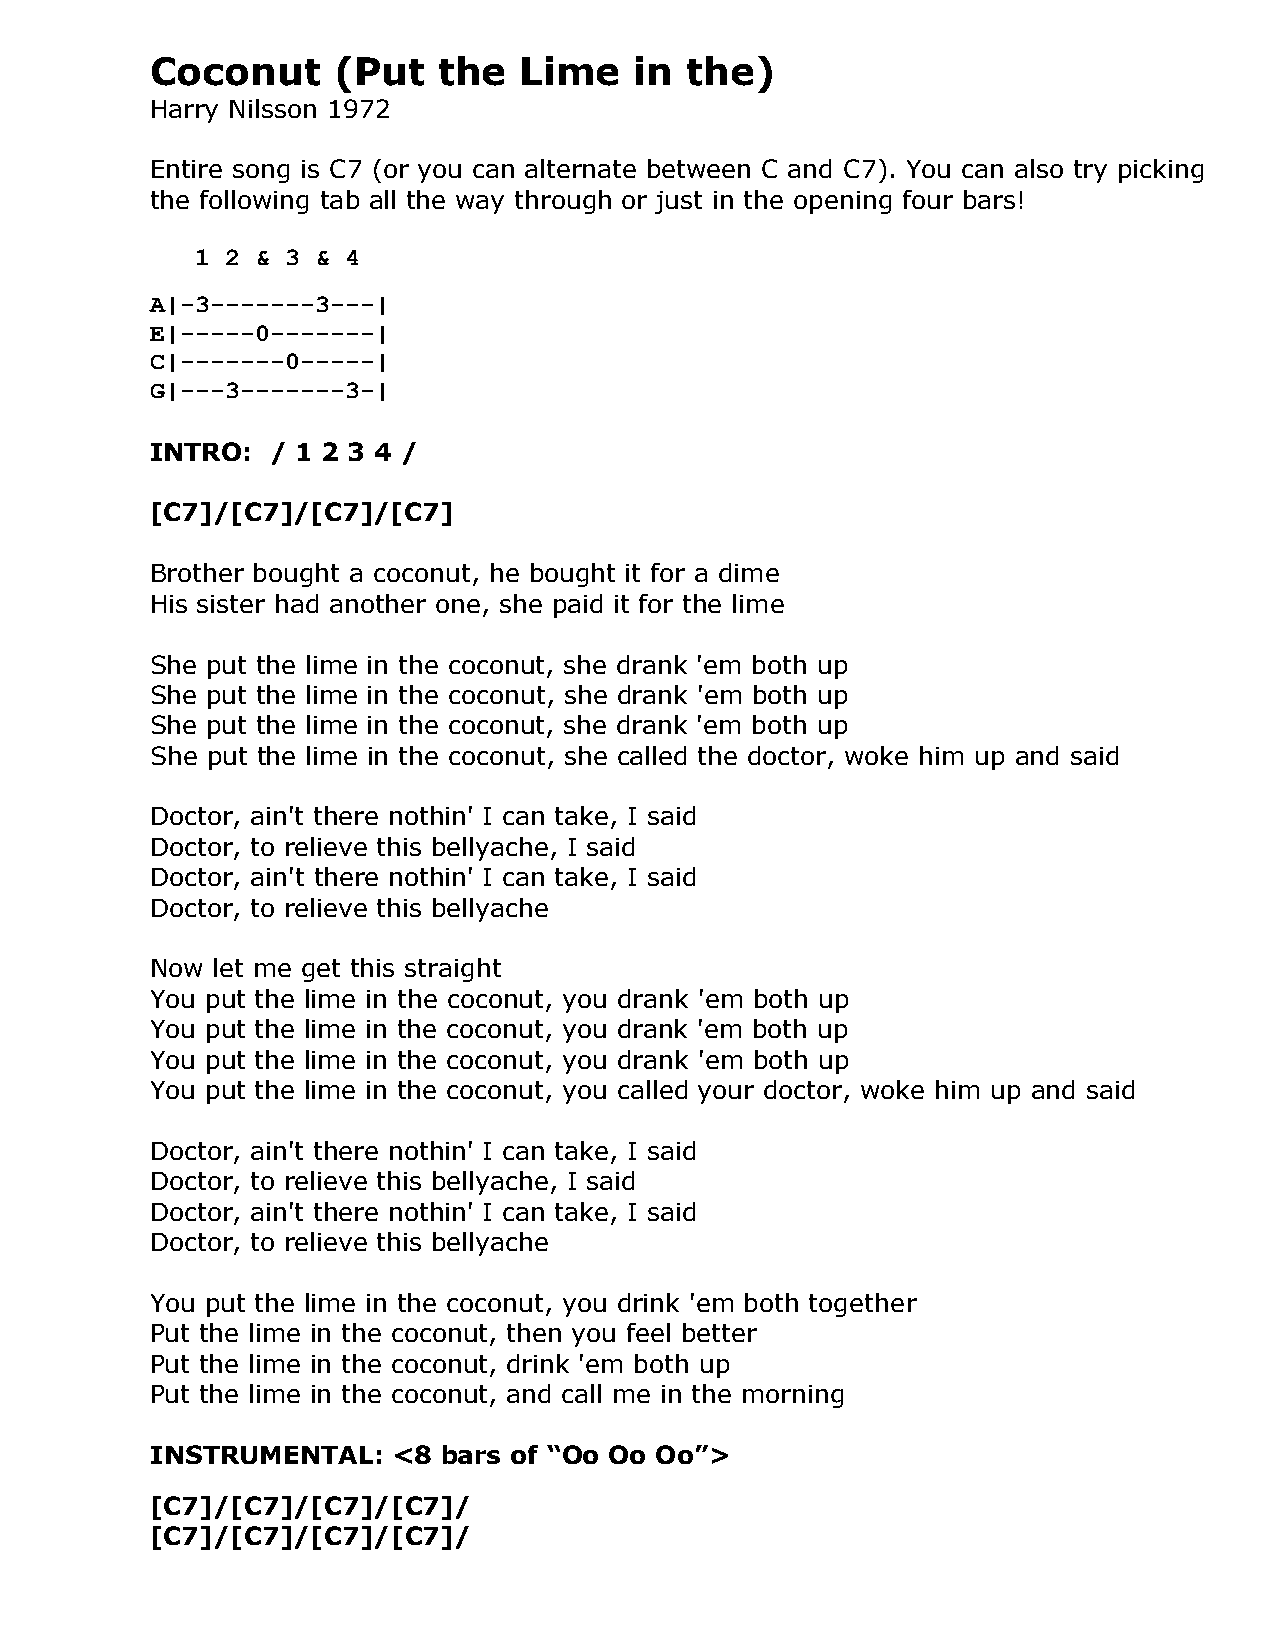
Coconut     (Put   the  Lime    in the)
 Harry Nilsson 1972
 Entire song is C7 (or you can alternate between C and C7). You can also try picking
 the following tab all the way through or just in the opening four bars!
 1 2 & 3 & 4
 A|-3-------3---|
 E|-----0-------|
 C|-------0-----|
 G|---3-------3-|
 INTRO:  / 1 2 3 4 /
 [C7]/[C7]/[C7]/[C7]
 Brother bought a coconut, he bought it for a dime
 His sister had another one, she paid it for the lime
 She put the lime in the coconut, she drank 'em both up
 She put the lime in the coconut, she drank 'em both up
 She put the lime in the coconut, she drank 'em both up
 She put the lime in the coconut, she called the doctor, woke him up and said
 Doctor, ain't there nothin' I can take, I said
 Doctor, to relieve this bellyache, I said
 Doctor, ain't there nothin' I can take, I said
 Doctor, to relieve this bellyache
 Now let me get this straight
 You put the lime in the coconut, you drank 'em both up
 You put the lime in the coconut, you drank 'em both up
 You put the lime in the coconut, you drank 'em both up
 You put the lime in the coconut, you called your doctor, woke him up and said
 Doctor, ain't there nothin' I can take, I said
 Doctor, to relieve this bellyache, I said
 Doctor, ain't there nothin' I can take, I said
 Doctor, to relieve this bellyache
 You put the lime in the coconut, you drink 'em both together
 Put the lime in the coconut, then you feel better
 Put the lime in the coconut, drink 'em both up
 Put the lime in the coconut, and call me in the morning
 INSTRUMENTAL:   <8 bars of “Oo Oo Oo”>
 [C7]/[C7]/[C7]/[C7]/
 [C7]/[C7]/[C7]/[C7]/